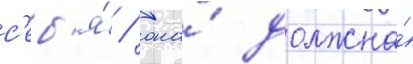
с'еб'я́ / она́ должна́